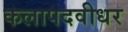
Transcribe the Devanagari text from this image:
कलापदवीधर